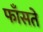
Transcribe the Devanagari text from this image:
फाँसते